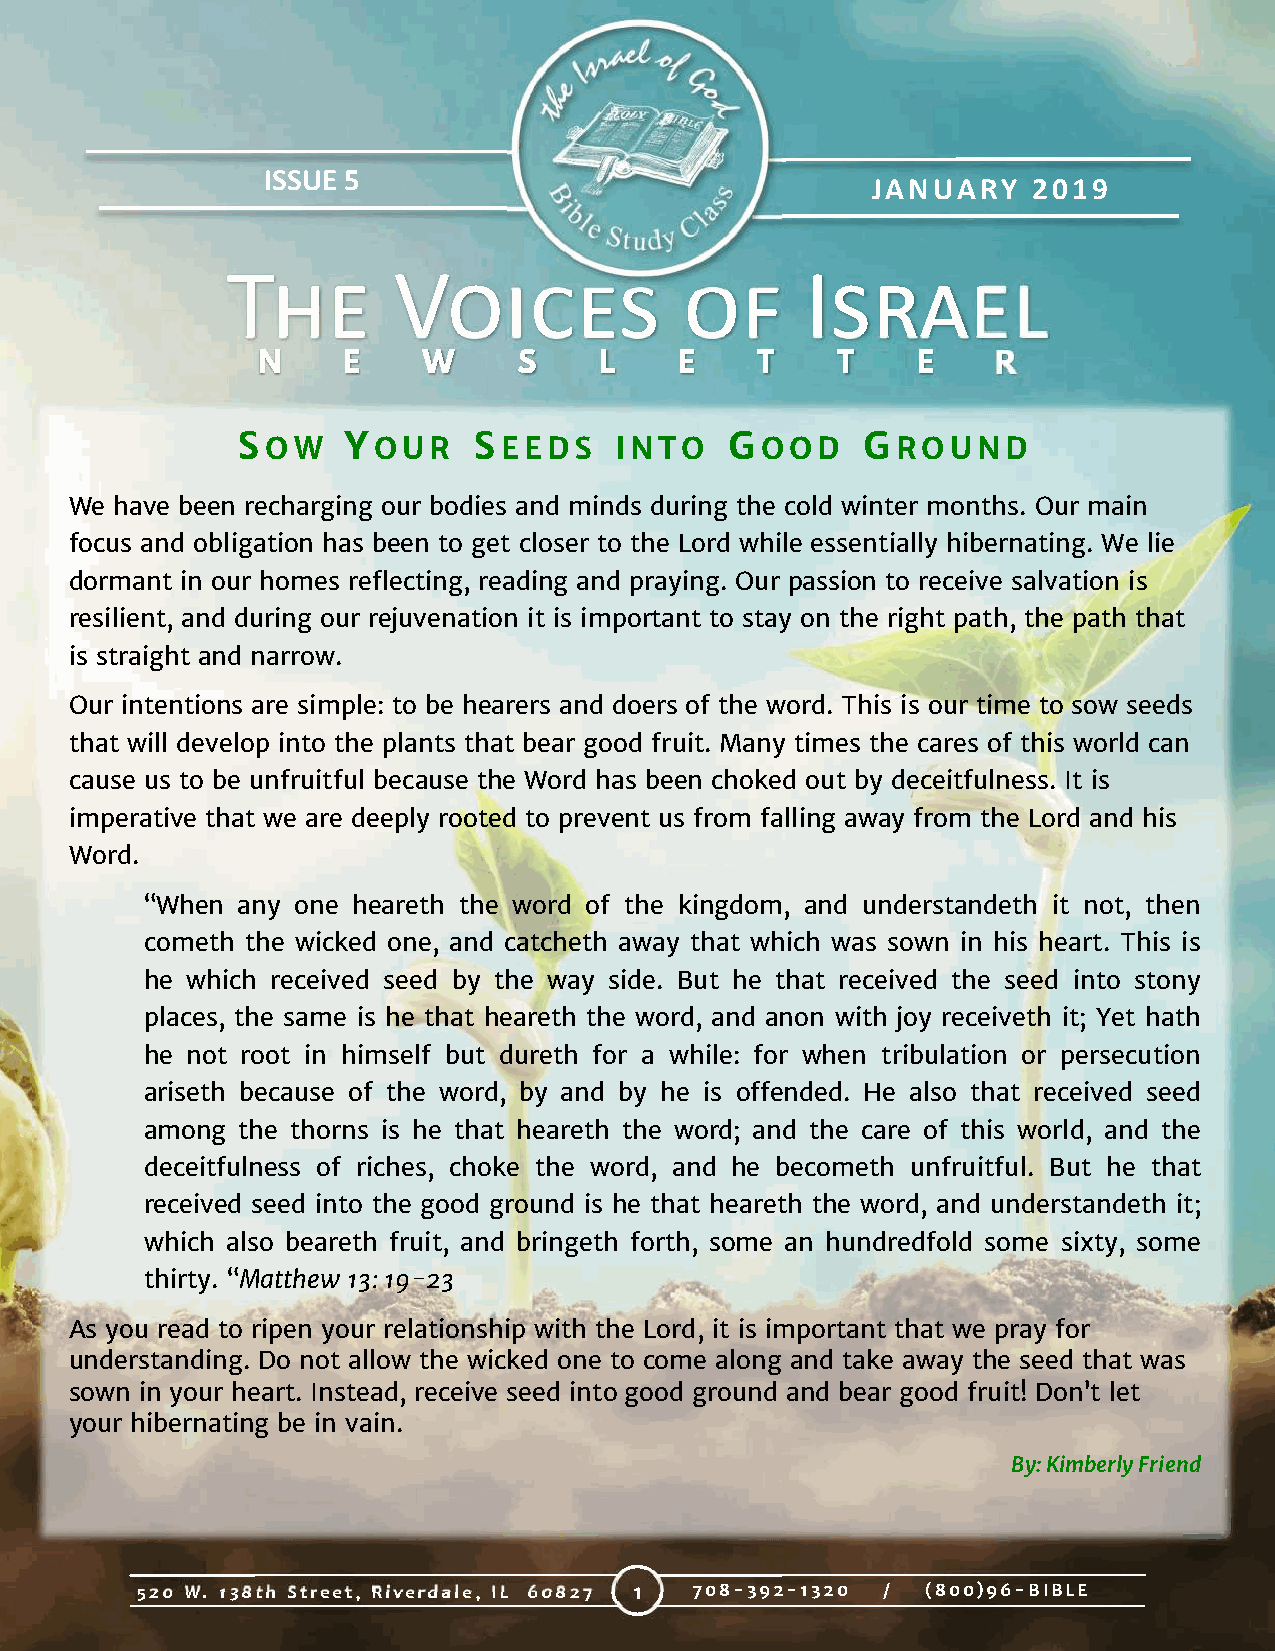
ISSUE 5
 JANUARY   2019
 THE        VOICES             OF      ISRAEL
 N     E    W     S     L    E    T    T     E    R
 SOW    YOUR    SEEDS     INTO   GOOD     GROUND
 We have been recharging our bodies and minds during the cold winter months. Our main
 focus and obligation has been to get closer to the Lord while essentially hibernating. We lie
 dormant in our homes reflecting, reading and praying. Our passion to receive salvation is
 resilient, and during our rejuvenation it is important to stay on the right path, the path that
 is straight and narrow.
 Our intentions are simple: to be hearers and doers of the word. This is our time to sow seeds
 that will develop into the plants that bear good fruit. Many times the cares of this world can
 cause us to be unfruitful because the Word has been choked out by deceitfulness. It is
 imperative that we are deeply rooted to prevent us from falling away from the Lord and his
 Word.
 “When any one heareth the word of the kingdom, and understandeth it not, then
 cometh the wicked one, and catcheth away that which was sown in his heart. This is
 he which received seed by the way side. But he that received the seed into stony
 places, the same is he that heareth the word, and anon with joy receiveth it; Yet hath
 he not root in himself but dureth for a while: for when tribulation or persecution
 ariseth because of the word, by and by he is offended. He also that received seed
 among the thorns is he that heareth the word; and the care of this world, and the
 deceitfulness of riches, choke the word, and he becometh unfruitful. But he that
 received seed into the good ground is he that heareth the word, and understandeth it;
 which also beareth fruit, and bringeth forth, some an hundredfold some sixty, some
 thirty. “Matthew 13: 19-23
 As you read to ripen your relationship with the Lord, it is important that we pray for
 understanding. Do not allow the wicked one to come along and take away the seed that was
 sown in your heart. Instead, receive seed into good ground and bear good fruit! Don’t let
 your hibernating be in vain.
 By: Kimberly Friend
 520 W. 138th Street, Riverdale, IL 60827 1 708-392-1320 / (800)96-BIBLE